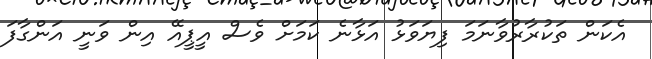
އެކަން ތަކުރާރުވާނަމަ ފިޔަވަޅު އަޅާނެ ކަމަށް ވެސް އީޕީއޭ އިން ވަނީ އަންގާފަ